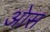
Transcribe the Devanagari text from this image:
आेस